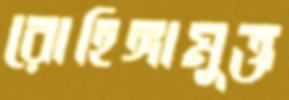
রোহিঙ্গামুক্ত